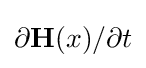
\partial \mathbf {H} (x)/\partial t